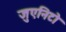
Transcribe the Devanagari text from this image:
जुएनिटो